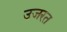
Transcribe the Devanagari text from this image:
उजरत